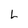
Character: L